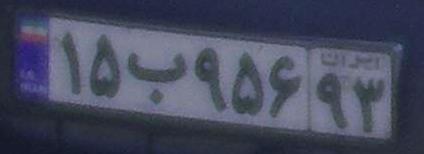
۱۵ب۹۵۶۹۳